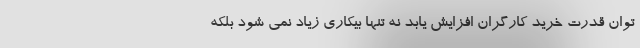
توان قدرت خرید کارگران افزایش یابد نه تنها بیکاری زیاد نمی شود بلکه